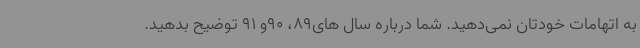
به اتهامات خودتان نمی‌دهید. شما درباره سال های89، 90و 91 توضیح بدهید.